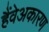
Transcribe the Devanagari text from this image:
हैंवेअकारण